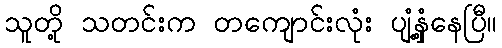
သူတို့ သတင်းက တကျောင်းလုံး ပျံ့နှံ့နေပြီ။